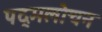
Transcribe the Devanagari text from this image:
पद्मलोचन